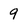
Character: 9